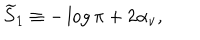
{ \widetilde S } _ { 1 } \equiv - \log \pi + 2 \alpha _ { \nu } ,